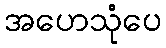
အဟေသုံပေ